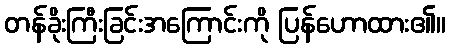
တန်ခိုးကြီးခြင်းအကြောင်းကို ပြန်ဟောထား၏။